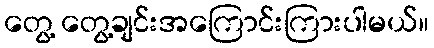
တွေ့ တွေ့ချင်းအကြောင်းကြားပါမယ်။